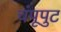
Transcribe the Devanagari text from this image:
चंपूपुट